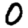
Digit: 0